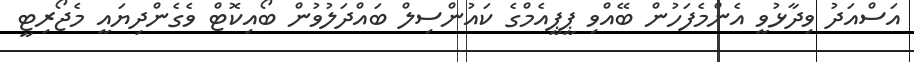
އަސްއަދު ވިދާޅުވީ އެންމެފަހުން ބޭއްވި ޕީޕީއެމްގެ ކައުންސިލް ބައްދަލުވުން ބޯއިކޮޓް ވެގެންދިޔައީ މެޖޯރިޓީ